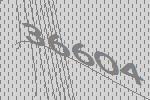
36604